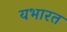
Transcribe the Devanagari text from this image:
यभारत